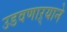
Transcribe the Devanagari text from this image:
उडवणाऱ्याने